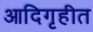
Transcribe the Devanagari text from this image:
आदिगृहीत